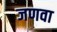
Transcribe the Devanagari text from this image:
जणवा